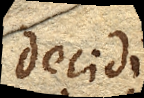
Decidi